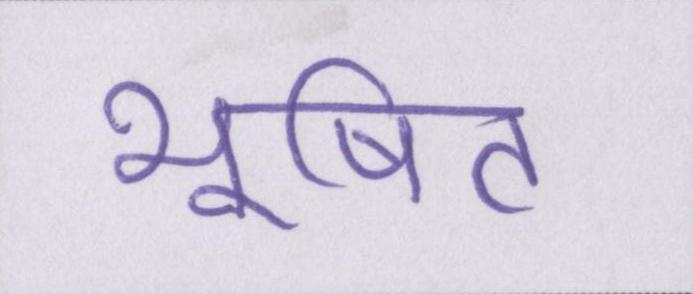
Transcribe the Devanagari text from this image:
भूषित